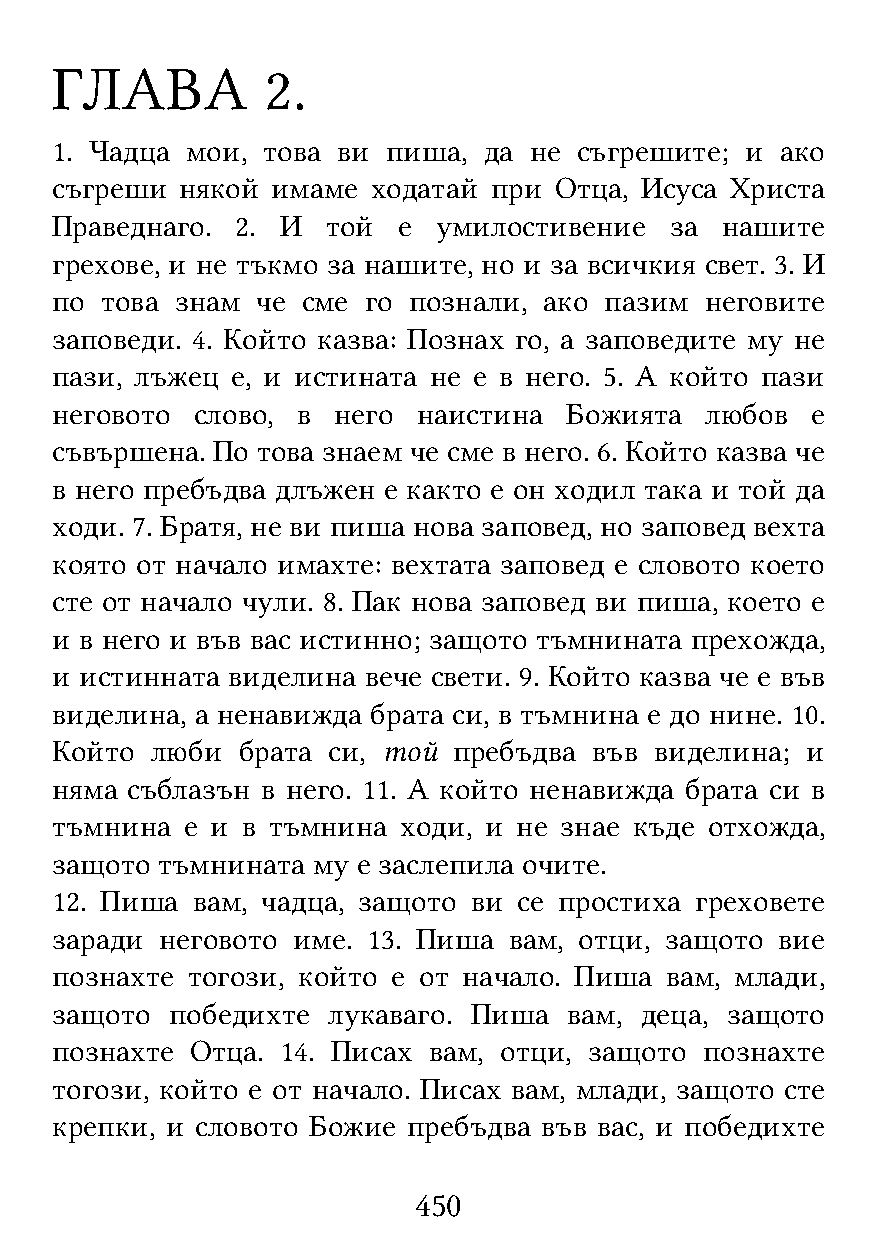
ГЛАВА          2.
 1. Чадца мои, това ви  пиша, да не съгрешите; и  ако
 съгреши  някой имаме  ходатай при Отца, Исуса Христа
 Праведнаго.  2. И  той е  умилостивение  за  нашите
 грехове, и не тъкмо за нашите, но и за всичкия свет. 3. И
 по  това знам че сме го познали, ако пазим  неговите
 заповеди. 4. Който казва: Познах го, а заповедите му не
 пази, лъжец е, и истината не е в него. 5. А който пази
 неговото  слово, в него  наистина Божията   любов  е
 съвършена. По това знаем че сме в него. 6. Който казва че
 в него пребъдва длъжен е както е он ходил така и той да
 ходи. 7. Братя, не ви пиша нова заповед, но заповед вехта
 която от начало имахте: вехтата заповед е словото което
 сте от начало чули. 8. Пак нова заповед ви пиша, което е
 и в него и във вас истинно; защото тъмнината прехожда,
 и истинната виделина вече свети. 9. Който казва че е във
 виделина, а ненавижда брата си, в тъмнина е до нине. 10.
 Който  люби  брата си, той пребъдва във виделина; и
 няма съблазън в него. 11. А който ненавижда брата си в
 тъмнина  е и в тъмнина ходи, и не знае къде отхожда,
 защото тъмнината  му е заслепила очите.
 12. Пиша  вам, чадца, защото ви се простиха греховете
 заради  неговото име. 13. Пиша вам, отци, защото вие
 познахте тогози, който е от начало. Пиша вам, млади,
 защото  победихте  лукаваго. Пиша  вам, деца, защото
 познахте  Отца. 14. Писах вам, отци, защото познахте
 тогози, който е от начало. Писах вам, млади, защото сте
 крепки, и словото Божие пребъдва във вас, и победихте
 450